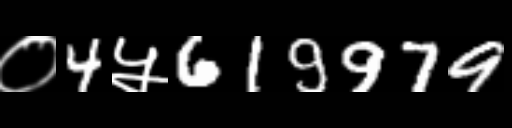
Text: ०4५619979